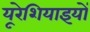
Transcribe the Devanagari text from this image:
यूरेशियाइयों